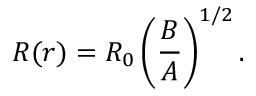
R ( r ) = R _ { 0 } \left( \frac { B } { A } \right) ^ { 1 / 2 } .